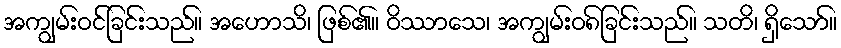
အကျွမ်းဝင်ခြင်းသည်။ အဟောသိ၊ ဖြစ်၏။ ဝိဿာသေ၊ အကျွမ်းဝ၈်ခြင်းသည်။ သတိ၊ ရှိသော်။